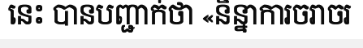
នេះ បានបញ្ជាក់ថា «និន្នាការចរាចរ